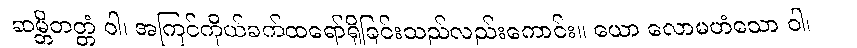
ဆမ္ဘိတတ္တံ ဝါ၊ အကြင်ကိုယ်ခက်ထရော်ရှိခြင်းသည်လည်းကောင်း။ ယော လောမဟံသော ဝါ၊